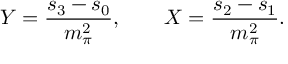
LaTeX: Y = { \frac { s _ { 3 } - s _ { 0 } } { m _ { \pi } ^ { 2 } } } , \qquad X = { \frac { s _ { 2 } - s _ { 1 } } { m _ { \pi } ^ { 2 } } } .